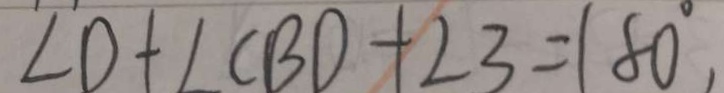
\angle D + \angle C B D + \angle 3 = 1 8 0 ^ { \circ } ,